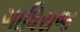
ગાધિરાજ